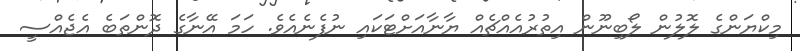
މިކްޔަންގެ ލޮލުން ލޯބިނޫން އިތުރުއެއްޗެއް ޔާނާއަށްޓަކައި ނުފެނެއެވެ. ހަމަ އޭނާގެ ދޮންތަބެ އެޖެއްސީ